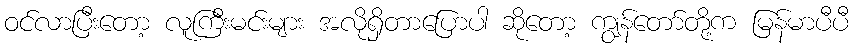
ဝင်လာပြီးတော့ လူကြီးမင်းများ အလိုရှိတာပြောပါ ဆိုတော့ ကျွန်တော်တို့က မြန်မာပီပီ